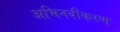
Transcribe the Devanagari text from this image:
अभिनवीकरण